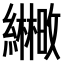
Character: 𫄒